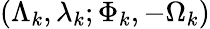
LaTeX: (\Lambda_{k},\lambda_{k};\Phi_{k},-\Omega_{k})